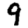
Digit: 9